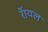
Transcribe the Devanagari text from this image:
रॅायल